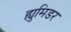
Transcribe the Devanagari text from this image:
ह्युमिडर